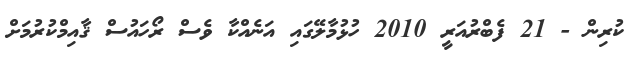
ކުރިން - 21 ފެބްރުއަރީ 2010 ހުޅުމާލޭގައި އަނެއްކާ ވެސް ރޯހައުސް ޤާއިމްކުރުމަށް